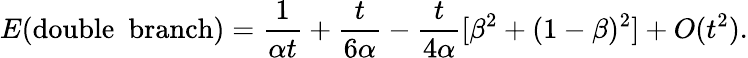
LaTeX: E(\mathrm{double~~branch})=\frac{1}{\alpha t}+\frac{t}{6\alpha}-\frac{t}{4\alpha}[\beta^{2}+(1-\beta)^{2}]+O(t^{2}).